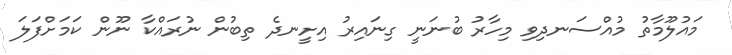
މައުލޫމާތު މުއްސަނދިވި މިހާރު ބުނަނީ ގިނައިރު އިށީނދެ ތިބުން ނުރައްކާ ނޫން ކަމަށްފަލަ